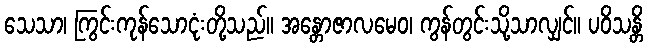
သေသာ၊ ကြွင်းကုန်သောငုံးတို့သည်။ အန္တောဇာလမေဝ၊ ကွန်တွင်းသို့သာလျှင်။ ပဝိသန္တိ